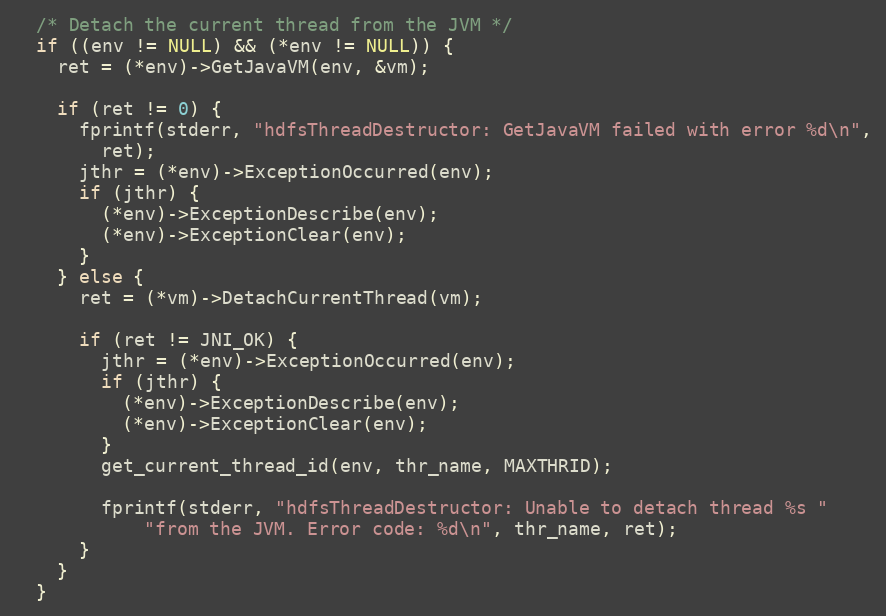
Language: C
  /* Detach the current thread from the JVM */
  if ((env != NULL) && (*env != NULL)) {
    ret = (*env)->GetJavaVM(env, &vm);

    if (ret != 0) {
      fprintf(stderr, "hdfsThreadDestructor: GetJavaVM failed with error %d\n",
        ret);
      jthr = (*env)->ExceptionOccurred(env);
      if (jthr) {
        (*env)->ExceptionDescribe(env);
        (*env)->ExceptionClear(env);
      }
    } else {
      ret = (*vm)->DetachCurrentThread(vm);

      if (ret != JNI_OK) {
        jthr = (*env)->ExceptionOccurred(env);
        if (jthr) {
          (*env)->ExceptionDescribe(env);
          (*env)->ExceptionClear(env);
        }
        get_current_thread_id(env, thr_name, MAXTHRID);

        fprintf(stderr, "hdfsThreadDestructor: Unable to detach thread %s "
            "from the JVM. Error code: %d\n", thr_name, ret);
      }
    }
  }